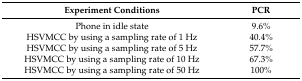
<table><thead><tr><td><b>Experiment Conditions</b></td><td><b>PCR</b></td></tr></thead><tbody><tr><td>Phone in idle state</td><td>9.6%</td></tr><tr><td>HSVMCC by using a sampling rate of 1 Hz</td><td>40.4%</td></tr><tr><td>HSVMCC by using a sampling rate of 5 Hz</td><td>57.7%</td></tr><tr><td>HSVMCC by using a sampling rate of 10 Hz</td><td>67.3%</td></tr><tr><td>HSVMCC by using a sampling rate of 50 Hz</td><td>100%</td></tr></tbody></table>